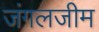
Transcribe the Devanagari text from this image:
जंगलजीम